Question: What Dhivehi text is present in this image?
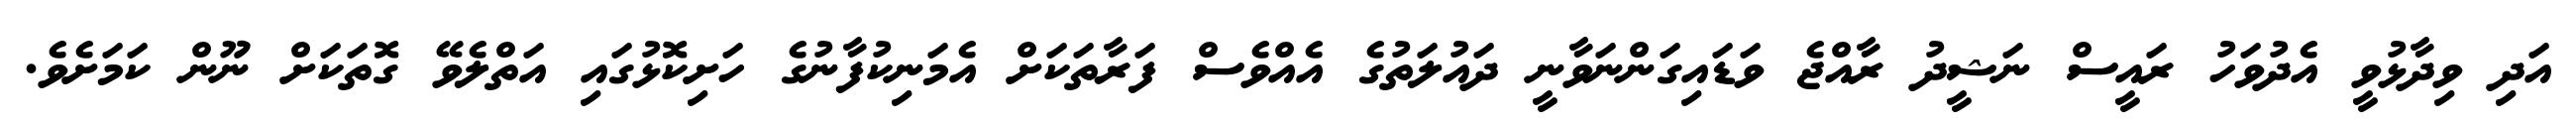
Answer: އަދި ވިދާޅުވީ އެދުވަހު ރައީސް ނަޝީދު ރާއްޖެ ވަޑައިގަންނަވާނީ ދައުލަތުގެ އެއްވެސް ފަރާތަކަށް އެމަނިކުފާނުގެ ހަށިކޮޅުގައި އަތްލެވޭ ގޮތަކަށް ނޫން ކަމަށެވެ.